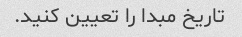
تاریخ مبدا را تعیین کنید.